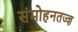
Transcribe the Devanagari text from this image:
संमोहनतज्‍ज्ञ